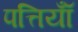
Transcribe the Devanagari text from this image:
पत्तियॉँ